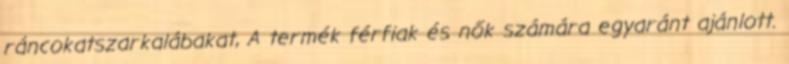
ráncokatszarkalábakat, A termék férfiak és nők számára egyaránt ajánlott.